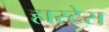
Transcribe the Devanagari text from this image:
हास्टेस